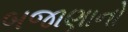
બજાણાનો